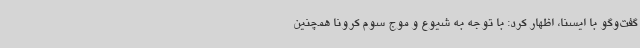
گفت‌وگو با ایسنا، اظهار کرد: با توجه به شیوع و موج سوم کرونا همچنین